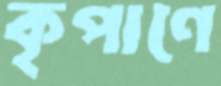
কৃপাণে